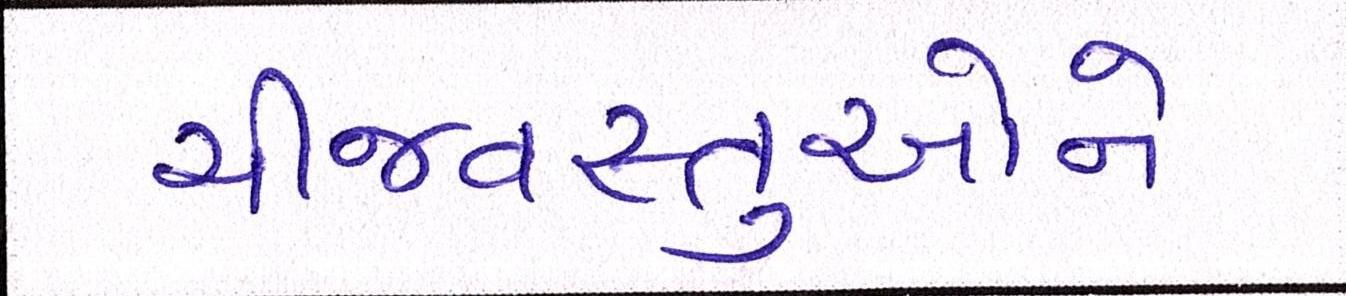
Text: ચીજવસ્તુઓને